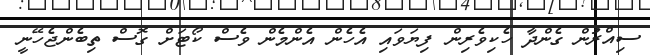
ސިއްރުން ގެންދާ ހެކިވެރިން ފިޔަވައި އެހެން އެންމެން ވެސް ކޯޓަށް ގޮސް ތިބެންޖެހޭނީ